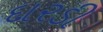
દારડી